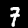
Digit: 7